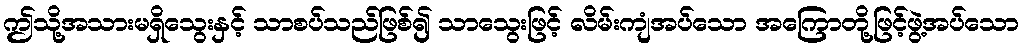
ဤသို့အသားမရှိသွေးနှင့် သာစပ်သည်ဖြစ်၍ သာသွေးဖြင့် လိမ်းကျံအပ်သော အကြောတို့ဖြင့်ဖွဲ့အပ်သော